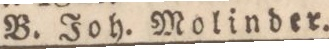
B. Joh. Molinder.